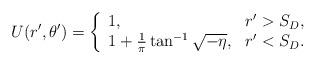
LaTeX: \begin{align*} {U(r', \theta')} = \left\{ \begin{array}{l l} 1, & r'>S_D,\\ {1+\frac{1}{\pi}\tan^{-1}{\sqrt{-\eta}}}, & r'<S_D.\\\end{array} \right.\end{align*}